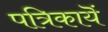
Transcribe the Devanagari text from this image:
पत्रिकायॆं